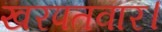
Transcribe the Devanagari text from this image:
खरपतवार।